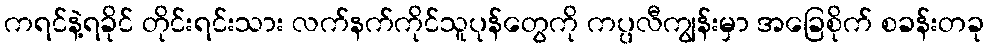
ကရင်နဲ့ရခိုင် တိုင်းရင်းသား လက်နက်ကိုင်သူပုန်တွေကို ကပ္ပလီကျွန်းမှာ အခြေစိုက် စခန်းတခု